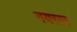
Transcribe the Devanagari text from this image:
नयरत्न